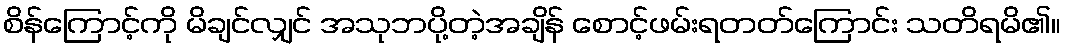
စိန်ကြောင့်ကို မိချင်လျှင် အသုဘပို့တဲ့အချိန် စောင့်ဖမ်းရတတ်ကြောင်း သတိရမိ၏။